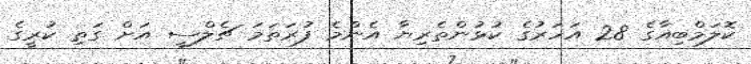
ކޮލަމްބިއާގެ 28 އަހަރުގެ ކުޅުންތެރިޔާ އެންމެ ފުރަތަމަ ޗެލްސީ އަށް ގަތި ކުރީގެ